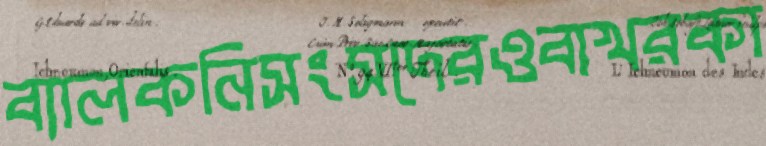
ব্যালকনিসংসদেরওবাখরকা